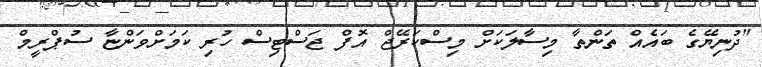
"ދުނިޔޭގެ ބައެއް ތަންތާ މިސާލަކަށް މިސްކަރޭޖް އޮފް ޖަސްޓިސް ހުރި ކަމަށްވަންޏާ ސުޕްރީމް